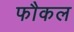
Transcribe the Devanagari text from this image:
फौकल